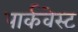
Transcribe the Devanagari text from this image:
पार्कवेस्ट